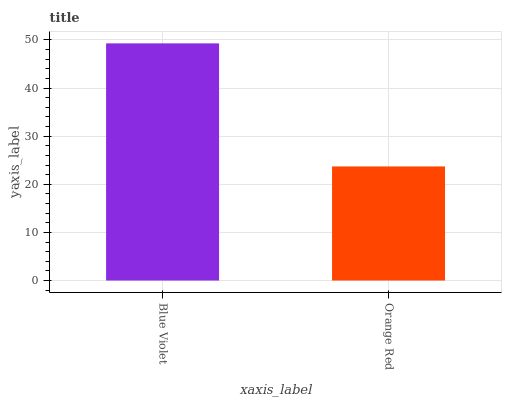
| xaxis_label | bars |
 | --- | --- |
 | Blue Violet | 49.3 |
 | Orange Red | 23.7 |